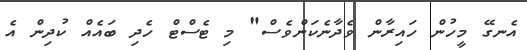
އެނގޭ މީހުން ހައިރާން ވެދާނެކަންވެސް" މި ޓެސްޓް ހެދި ބައެއް ކުދިން އެ